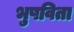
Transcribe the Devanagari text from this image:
भुषविता